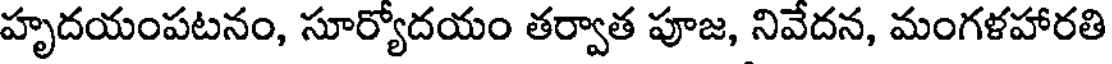
హృదయంపటనం, సూర్యోదయం తర్వాత పూజ, నివేదన, మంగళహారతి